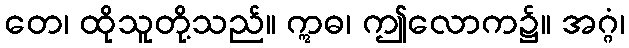
တေ၊ ထိုသူတို့သည်။ ဣဓ၊ ဤလောက၌။ အဂ္ဂံ၊